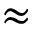
\approx